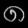
Digit: ၈